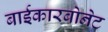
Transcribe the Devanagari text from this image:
बाईकारबोनेट